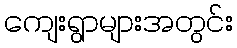
ကျေးရွာများအတွင်း